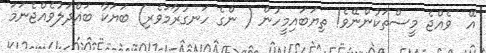
އޭ  ވެއްޖެ މީސްތަކުންނޭވެ! ތިޔަބައިމީހުން ( ންގެ ހަނގުރާމަވެރި) ބަޔަކާ ބައްދަލުވެއްޖެނަމަަ